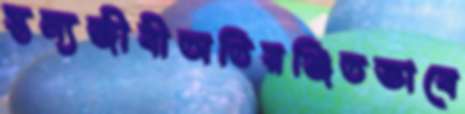
স্তন্যজীবীঅতিরঞ্জিতভাবে